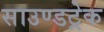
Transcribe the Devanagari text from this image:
साउण्डट्रेक